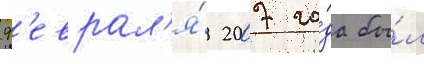
ф'еврал'я́ 2007 го́да бы́л